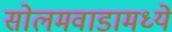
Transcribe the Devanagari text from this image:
सोलमवाडामध्ये